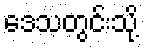
ဒေသတွင်းသို့